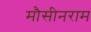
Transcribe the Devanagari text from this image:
मौसीनराम